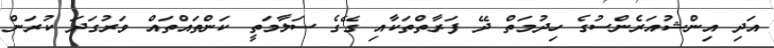
އަދި އިންޝުއަރެންސުގެ ހިދުމަތް ދޭ ފަރާތްތަކާއި ގޭގެ ސަލާމަތީ ކަންތައްތައް ވަރުގަދަ ކުރަން